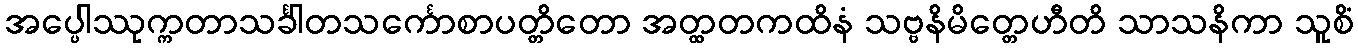
အပ္ပေါဿုက္ကတာသင်္ခါတသင်္ကောစာပတ္တိတော အတ္ထတကထိနံ သဗ္ဗနိမိတ္တေဟီတိ သာသနိကာ သူစိံ